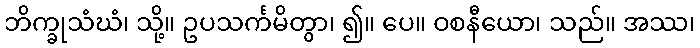
ဘိက္ခုသံဃံ၊ သို့။ ဥပသင်္ကမိတွာ၊ ၍။ ပေ။ ဝစနီယော၊ သည်။ အဿ၊